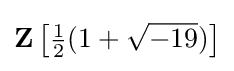
\mathbf {Z} \left[{\tfrac {1}{2}}(1+{\sqrt {-19}})\right]